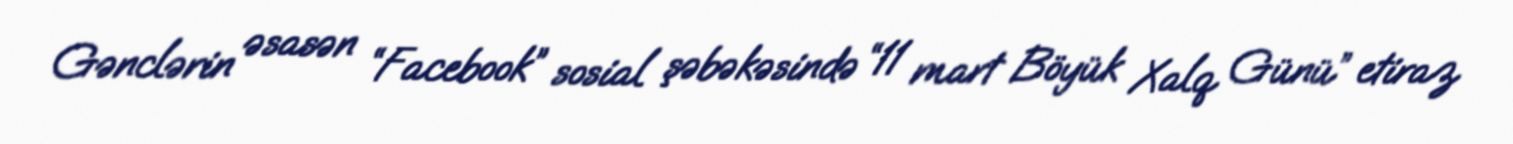
Gənclərin əsasən “Facebook” sosial şəbəkəsində “11 mart Böyük Xalq Günü” etiraz